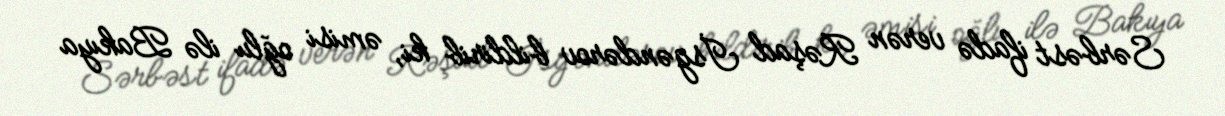
Sərbəst ifadə verən Rəşad İsgəndərov bildirib ki, əmisi oğlu ilə Bakıya